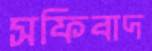
সফিবাদ